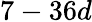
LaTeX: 7-36d